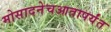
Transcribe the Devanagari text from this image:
मोसादनेचआतापर्यंत